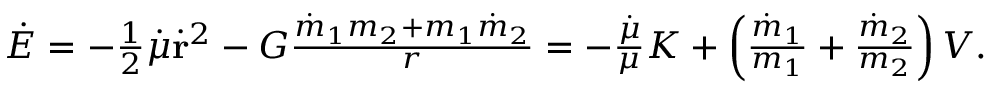
\begin{array} { r } { \dot { E } = - { \frac { 1 } { 2 } } \dot { \mu } \dot { \bf r } ^ { 2 } - G \frac { \dot { m } _ { 1 } m _ { 2 } + m _ { 1 } \dot { m } _ { 2 } } { r } = - \frac { \dot { \mu } } { \mu } K + \left( \frac { \dot { m } _ { 1 } } { m _ { 1 } } + \frac { \dot { m } _ { 2 } } { m _ { 2 } } \right) V . } \end{array}